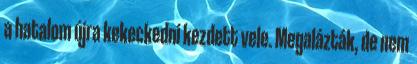
a hatalom újra kekeckedni kezdett vele. Megalázták, de nem